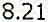
8.21